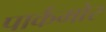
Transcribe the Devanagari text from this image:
पार्कमोर